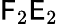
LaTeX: \textsf{F}_{2}\textsf{E}_{2}